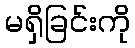
မရှိခြင်းကို